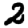
Digit: 2